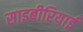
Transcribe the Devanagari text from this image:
साइबीरियाई